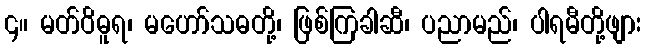
၄။ မတ်ဝိဓူရ၊ မဟော်သဓတို့၊ ဖြစ်ကြခါဆီ၊ ပညာမည်၊ ပါရမီတို့ဖျား